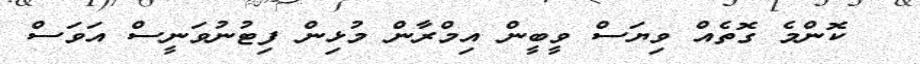
ކޮންމެ ގޮތެއް ވިޔަސް ވީބީން އިމްރާން މުޅިން ފިޓުނުވަނީސް އަވަސް